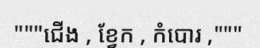
"""ជើង , ខ្វែក , កំបោរ ,"""